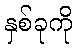
နှစ်ခုကို